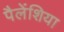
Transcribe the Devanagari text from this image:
पैलेंशिया